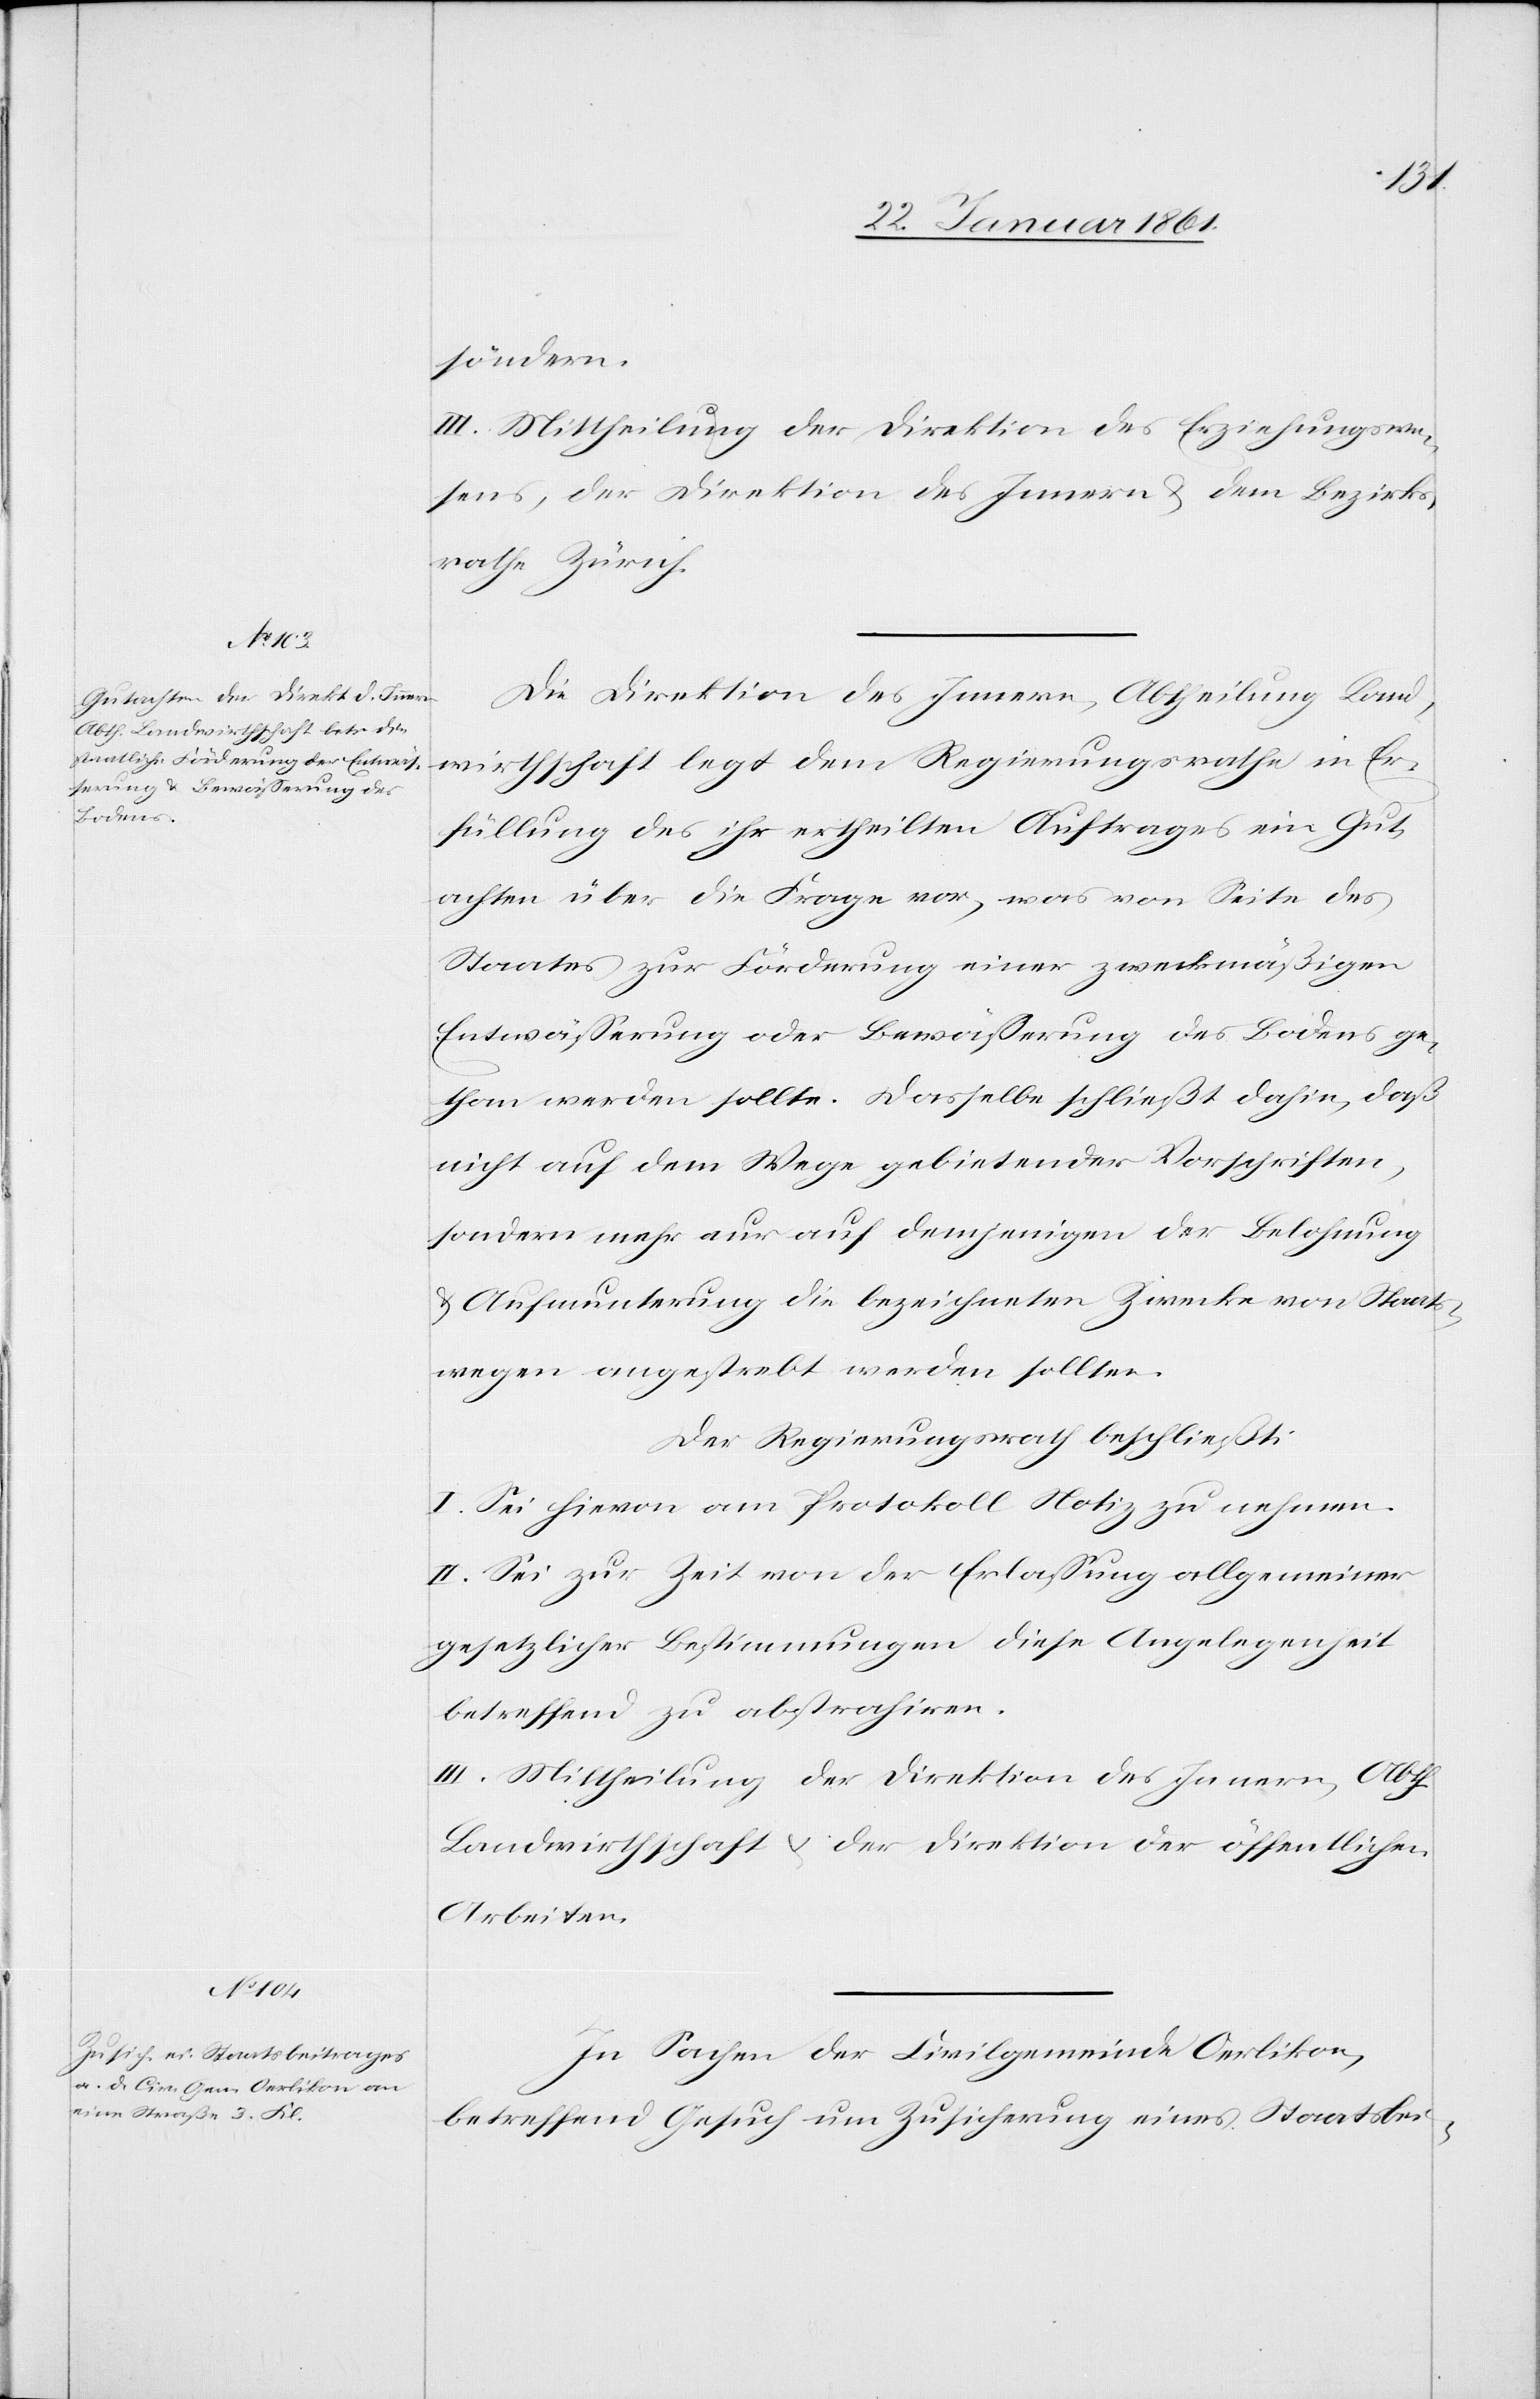
söndern.
III. Mittheilung der Direktion des Erziehungswe¬
sens, die Direktion des Innern u. dem Bezirks¬
rathe Zürich.
Die Direktion des Innern, Abtheilung Land¬
wirthschaft legt dem Regierungsrathe in Er¬
füllung des ihr ertheilten Auftrages ein Gut¬
achten über die Frage vor, was von Seite des
Staates zur Förderung einer zweckmäßigen
Entwässerung oder Bewässerung des Bodens ge¬
than werden sollte. Dasselbe schließt dahin, daß
nicht auf dem Wege gebietender Vorschriften,
sondern mehr nur auf demjenigen der Belohnung
u. Aufmunterung die bezeichneten Zwecke von Staats¬
wegen angestrebt werden sollten.
Der Regierungsrath beschließt:
I. Sei hievon am Protokoll Notiz zu nehmen.
II. Sei zur Zeit von der Erlassung allgemeiner
gesetzlicher Bestimmungen diese Angelegenheit
betreffend zu abstrahiren.
III. Mittheilung der Direktion des Innern, Abth.
Landwirthschaft u. der Direktion der öffentlichen
Arbeiten.
In Sachen der Civilgemeinde Oerlikon,
betreffend Gesuch um Zusicherung eines Staatsbei-